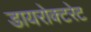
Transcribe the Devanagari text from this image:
डायरोक्टरेट